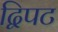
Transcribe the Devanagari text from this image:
द्विपट